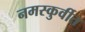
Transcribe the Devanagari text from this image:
नमस्कुर्वीत